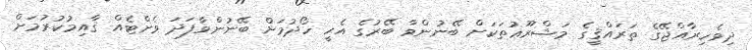
ދިވެހިރާއްޖޭގެ ތަރައްޤީގެ މަޝްރޫޢުތަކަށް ބޭނުންވާ ބޭރުގެ އެހީ ހޯދުމަށް ބޭނުންވާފަދަ ވެށްޓެއް ޤާއިމުކުރުމަށް